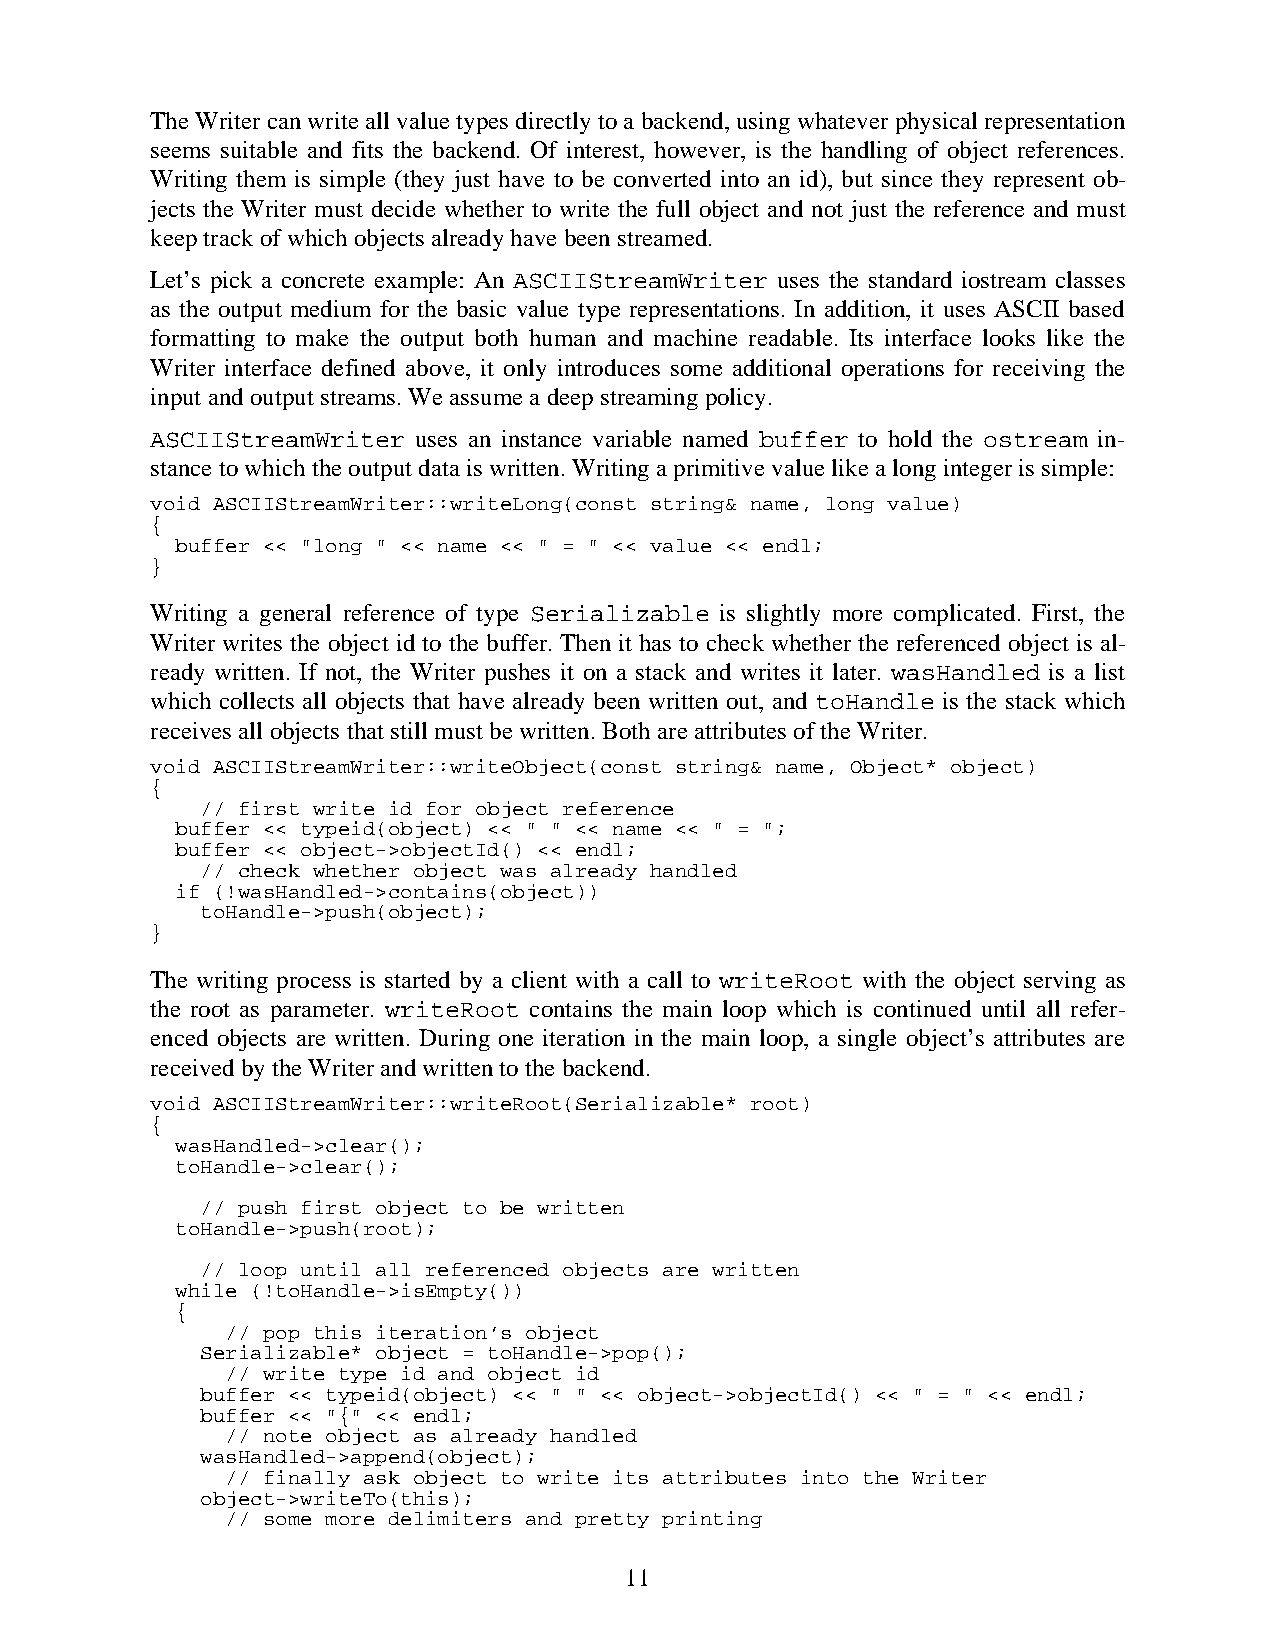
The Writer can write all value types directly to a backend, using whatever physical representation
 seems suitable and fits the backend. Of interest, however, is the handling of object references.
 Writing them is simple (they just have to be converted into an id), but since they represent ob-
 jects the Writer must decide whether to write the full object and not just the reference and must
 keep track of which objects already have been streamed.
 Let’s pick a concrete example: An ASCIIStreamWriter uses the standard iostream classes
 as the output medium for the basic value type representations. In addition, it uses ASCII based
 formatting to make the output both human and machine readable. Its interface looks like the
 Writer interface defined above, it only introduces some additional operations for receiving the
 input and output streams. We assume a deep streaming policy.
 ASCIIStreamWriter uses an instance variable named buffer to hold the ostream in-
 stance to which the output data is written. Writing a primitive value like a long integer is simple:
 void ASCIIStreamWriter::writeLong(const string& name, long value)
 {
 buffer << "long " << name << " = " << value << endl;
 }
 Writing a general reference of type Serializable is slightly more complicated. First, the
 Writer writes the object id to the buffer. Then it has to check whether the referenced object is al-
 ready written. If not, the Writer pushes it on a stack and writes it later. wasHandled is a list
 which collects all objects that have already been written out, and toHandle is the stack which
 receives all objects that still must be written. Both are attributes of the Writer.
 void ASCIIStreamWriter::writeObject(const string& name, Object* object)
 {
 // first write id for object reference
 buffer << typeid(object) << " " << name << " = ";
 buffer << object->objectId() << endl;
 // check whether object was already handled
 if (!wasHandled->contains(object))
 toHandle->push(object);
 }
 The writing process is started by a client with a call to writeRoot with the object serving as
 the root as parameter. writeRoot contains the main loop which is continued until all refer-
 enced objects are written. During one iteration in the main loop, a single object’s attributes are
 received by the Writer and written to the backend.
 void ASCIIStreamWriter::writeRoot(Serializable* root)
 {
 wasHandled->clear();
 toHandle->clear();
 // push first object to be written
 toHandle->push(root);
 // loop until all referenced objects are written
 while (!toHandle->isEmpty())
 {
 // pop this iteration’s object
 Serializable* object = toHandle->pop();
 // write type id and object id
 buffer << typeid(object) << " " << object->objectId() << " = " << endl;
 buffer << "{" << endl;
 // note object as already handled
 wasHandled->append(object);
 // finally ask object to write its attributes into the Writer
 object->writeTo(this);
 // some more delimiters and pretty printing
 11